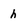
Character: h